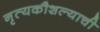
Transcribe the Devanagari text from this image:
नृत्यकौशल्याची